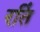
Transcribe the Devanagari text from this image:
रतिं